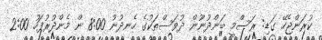
ކުރަންޖެހޭ ގަޑި: ރަސްމީ ބަންދުނޫން ދުވަސްތަކުގެ ހެނދުނު 8:00 ން މެންދުރުފަހު 2:00